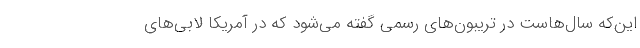
این‌که سال‌هاست در تریبون‌های رسمی گفته می‌شود که در آمریکا لابی‌های